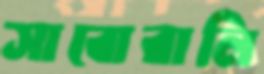
সাবোরালি